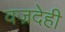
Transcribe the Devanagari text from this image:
वज्रदेही